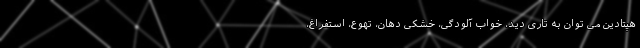
هپتادین می توان به تاری دید، خواب آلودگی، خشکی دهان، تهوع، استفراغ،